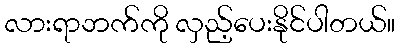
လားရာဘက်ကို လှည့်ပေးနိုင်ပါတယ်။